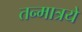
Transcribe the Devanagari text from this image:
तन्मात्रयें